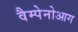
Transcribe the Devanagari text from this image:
वैम्पेनोआग